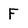
Character: F